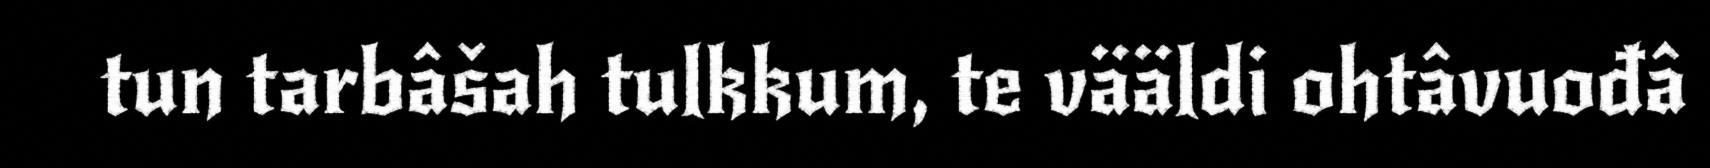
tun tarbâšah tulkkum, te vääldi ohtâvuođâ